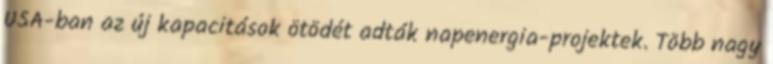
USA-ban az új kapacitások ötödét adták napenergia-projektek. Több nagy